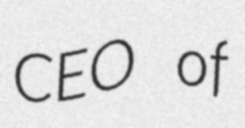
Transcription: CEO of